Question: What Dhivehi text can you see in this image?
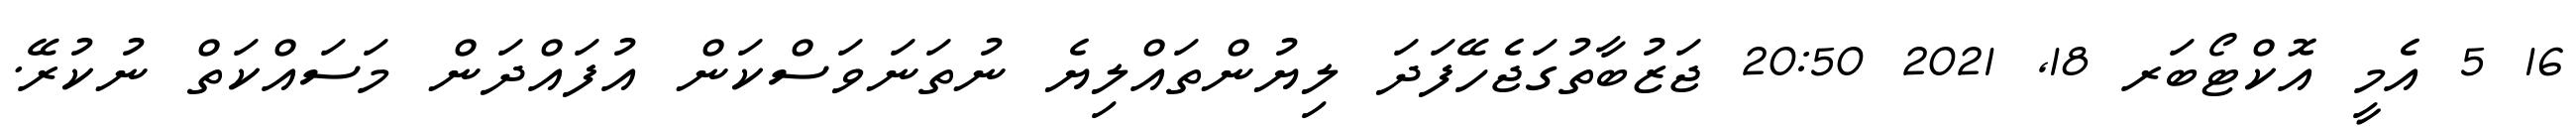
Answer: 16 5 އެމީ އޮކްޓޯބަރ 18, 2021 20:50 ޖަޒުބާތުގަޖެހޭފަދަ ލިޔުންތައްލިޔެ ނުތަނަވަސްކަން އުފައްދަން މަސައްކަތް ނުކުރޭ.